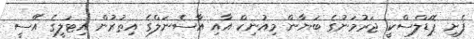
ފެށި ޕޮޑަލްސްކީ ޖަރުމަނުގެ ބަޔާން މިއުނިކް އާއި އާސެނަލްގެ އިތުރުން އިޓަލީގެ އޭސީ